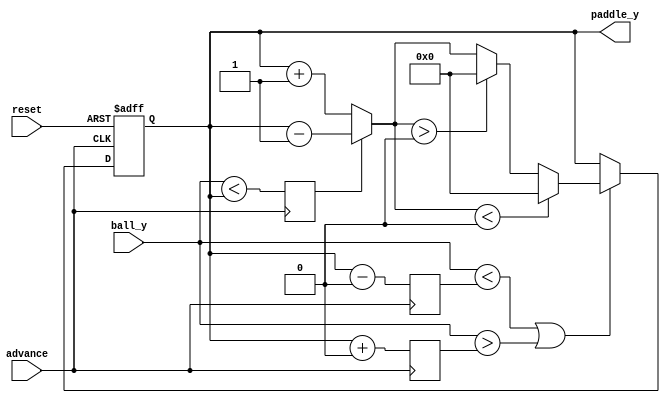
module robohand(reset, advance, ball_y, paddle_y);
	parameter PADDLESIZE   = 10'd0;
	parameter SCREENHEIGHT = 10'd0;
	input reset;
	input advance;
	input [9:0] ball_y;
	output reg[9:0] paddle_y;
	reg paddleDir;
	reg [9:0] ptop;
	reg [9:0] pbot;
	reg [2:0] increment;
	always @(negedge advance or posedge reset) begin
		if (reset) begin
			paddle_y <= SCREENHEIGHT/2;
		end
		else begin
			if (ball_y < ptop || ball_y > pbot) 
				paddle_y <= paddlelimiter(paddleDir == 1'b0 ? paddle_y + 1'b1 : paddle_y - 1'b1);
		end
	end
	always @(posedge advance) begin
		ptop <= paddle_y - PADDLESIZE/2;
		pbot <= paddle_y + PADDLESIZE/2;
		paddleDir <= ball_y < paddle_y;
	end
	function [9:0] paddlelimiter;
	input [9:0] py;
	begin
		if (py < PADDLESIZE/2) 
			paddlelimiter = PADDLESIZE/2;
		else 
		if (py > SCREENHEIGHT-PADDLESIZE/2)
			paddlelimiter = SCREENHEIGHT-PADDLESIZE/2;
		else
			paddlelimiter = py;
	end
	endfunction
endmodule